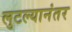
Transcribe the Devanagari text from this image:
लुटल्यानंतर